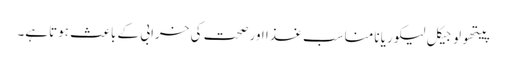
پیتھولوجیکل لیکوریا نامناسب غذا اور صحت کی خرابی کے باعث ہوتاہے۔